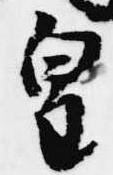
皇